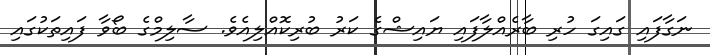
ނަގާފައި ގައިގަ ހުރި ބާރެއްލާފައި ޔައިޝްގެ ކަރު ބުރިކޮއްލިއެވެ. ސާލިމްގެ ބޯވާ ފައިތަކުގައި